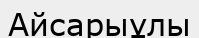
Айсарыұлы